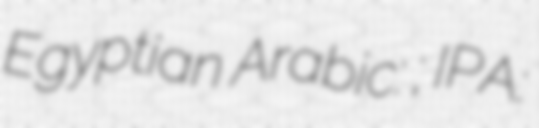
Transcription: Egyptian Arabic: حواوشي; IPA: